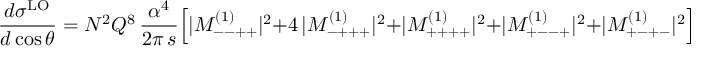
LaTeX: { \frac { d \sigma ^ { \mathrm { L O } } } { d \cos \theta } } = N ^ { 2 } Q ^ { 8 } \, { \frac { \alpha ^ { 4 } } { 2 \pi \, s } } \Bigl [ | M _ { -- + + } ^ { ( 1 ) } | ^ { 2 } + 4 \, | M _ { - + + + } ^ { ( 1 ) } | ^ { 2 } + | M _ { + + + + } ^ { ( 1 ) } | ^ { 2 } + | M _ { + -- + } ^ { ( 1 ) } | ^ { 2 } + | M _ { + - + - } ^ { ( 1 ) } | ^ { 2 } \Bigr ] \, ,